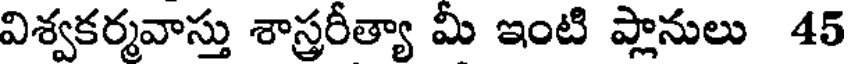
విశ్వకర్శవాస్తు శాస్త్రరీత్యా మీ ఇంటి ప్లానులు 45